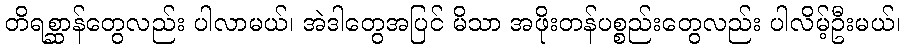
တိရစ္ဆာန်တွေလည်း ပါလာမယ်၊ အဲဒါတွေအပြင် မိသာ အဖိုးတန်ပစ္စည်းတွေလည်း ပါလိမ့်ဦးမယ်၊